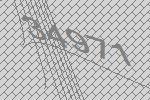
34971